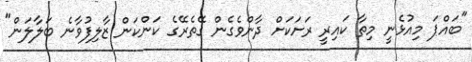
"ބައްޕަ މިއުޅެނީ މިތާ ކައިރީ ރަށަކަށް ދާންވެގެން ގޭތެރޭގެ ކަންކަން ޒާލިފުވާނެ ބަލާލަން"